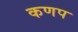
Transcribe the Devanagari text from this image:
कणप